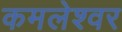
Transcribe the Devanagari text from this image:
कमलेश्‍वर